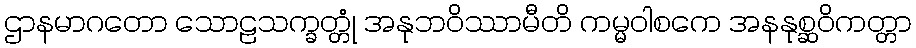
ဌာနမာဂတော သောဠသက္ခတ္တုံ အနုဘဝိဿာမီတိ ကမ္မဝါစကေ အနနုစ္ဆဝိကတ္တာ